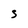
Character: S